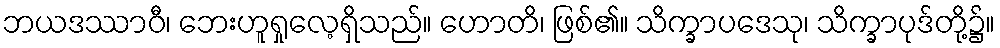
ဘယဒဿာဝီ၊ ဘေးဟူရှုလေ့ရှိသည်။ ဟောတိ၊ ဖြစ်၏။ သိက္ခာပဒေသု၊ သိက္ခာပုဒ်တို့၌။